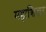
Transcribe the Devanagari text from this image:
महाशिखर